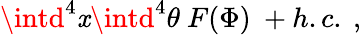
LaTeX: \intd^{4}\mathit{x}\intd^{4}\theta\ F(\Phi)\ +h.c.\ ,